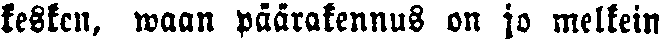
kesken, waan päärakennus on ja melkein